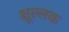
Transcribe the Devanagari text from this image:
क्षूल्लक